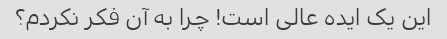
این یک ایده عالی است! چرا به آن فکر نکردم؟